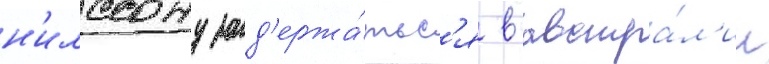
н'илссону зад'ержа́тьс'я в австра́л'ии